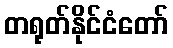
တရုတ်နိုင်ငံတော်